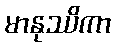
မာနုဿိကာ